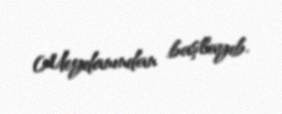
Meydanından başlayıb.